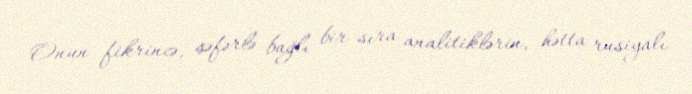
Onun fikrincə, səfərlə bağlı bir sıra analitiklərin, hətta rusiyalı